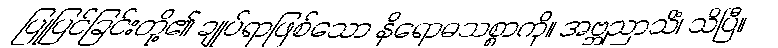
ပြုပြင်ခြင်းတို့၏ ချုပ်ရာဖြစ်သော နိရောဓသစ္စာကို။ အဗ္ဘညာသိံ၊ သိပြီ။